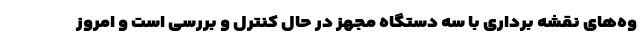
وه‌های نقشه برداری با سه دستگاه مجهز در حال کنترل و بررسی است و امروز